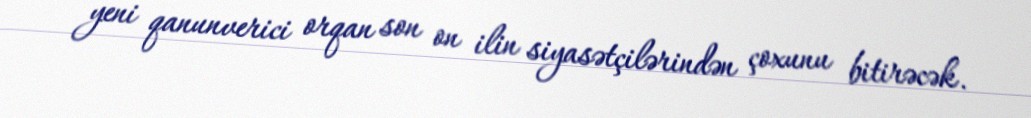
yeni qanunverici orqan son on ilin siyasətçilərindən çoxunu bitirəcək.